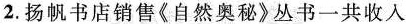
2.扬帆书店销售《自然奥秘》丛书一共收入